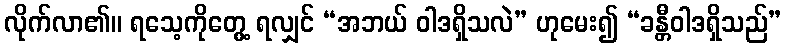
လိုက်လာ၏။ ရသေ့ကိုတွေ့ ရလျှင် “အဘယ် ဝါဒရှိသလဲ” ဟုမေး၍ “ခန္တီဝါဒရှိသည်”